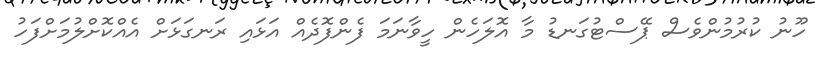
ހޫނު ކުރުމުންވެސް ޕޭސްޓުގަނޑު މާ އޮލަހެން ހީވާނަމަ ފެންފޮދެއް އަޅައި ރަނގަޅަށް އެއްކޮށްލުމަށްފަހު